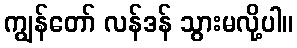
ကျွန်တော် လန်ဒန် သွားမလို့ပါ။